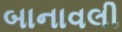
બાનાવલી